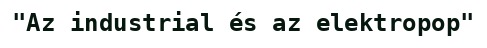
"Az industrial és az elektropop"